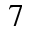
_ 7